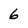
Character: 6